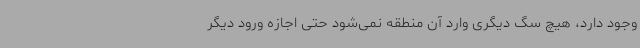
وجود دارد، هیچ سگ دیگری وارد آن منطقه نمی‌شود حتی اجازه ورود دیگر